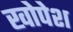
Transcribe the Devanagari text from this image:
खोपेश